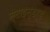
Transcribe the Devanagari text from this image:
स्टाइन्डर्ड